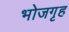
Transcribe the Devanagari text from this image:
भोजगृह